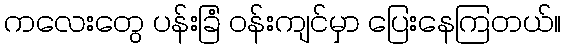
ကလေးတွေ ပန်းခြံ ဝန်းကျင်မှာ ပြေးနေကြတယ်။